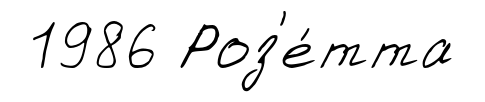
1986 Роз'е́тта